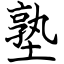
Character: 塾